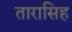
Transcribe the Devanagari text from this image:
तारासिह